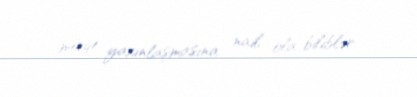
mövqe yaxınlaşmasına nail ola biliblər.